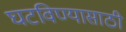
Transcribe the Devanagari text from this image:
घटविण्यासाठी